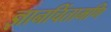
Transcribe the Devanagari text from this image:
ज्ञानचिंतामणि